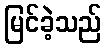
မြင်ခဲ့သည်